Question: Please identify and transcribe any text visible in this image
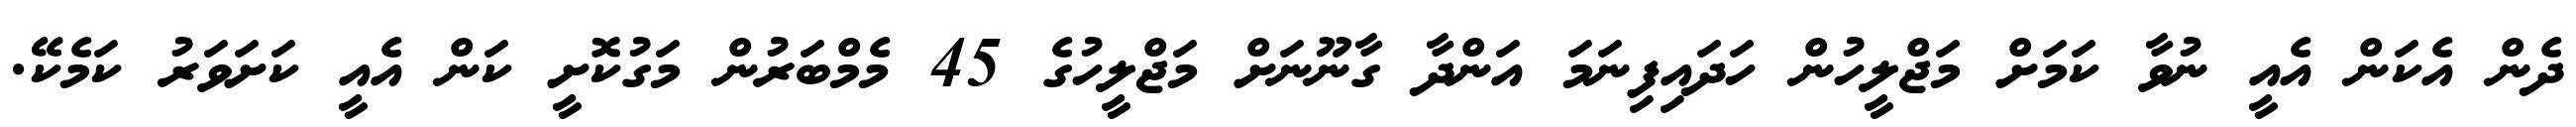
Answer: ދެން އެކަން އެއީ ނުވާ ކަމަށް މަޖްލީހުން ހަދައިފިނަމަ އަންދާ ގާނޫނަށް މަޖްލީހުގެ 45 މެމްބަރުން މަގުކޮށީ ކަން އެއީ ކަށަވަރު ކަމެކޭ.